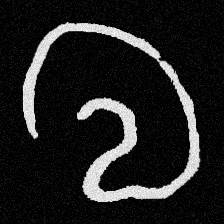
Pyu character \u2014 Myanmar letter: လ (romanized: la)